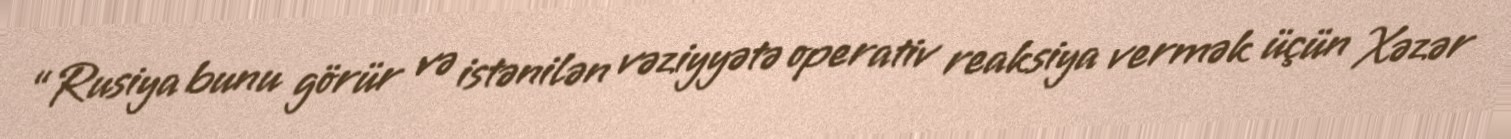
“Rusiya bunu görür və istənilən vəziyyətə operativ reaksiya vermək üçün Xəzər